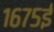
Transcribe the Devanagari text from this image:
१६७५ई